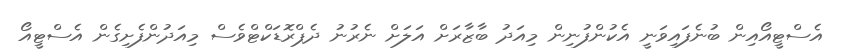
އެސްޓީއޯއިން ބުނެފައިވަނީ އެކުންފުނިން މިއަދު ބާޒާރަށް އަލަށް ނެރުނު ދެޕްރޮޑަކްޓްވެސް މިއަދުންފެށިގެން އެސްޓީއޯ